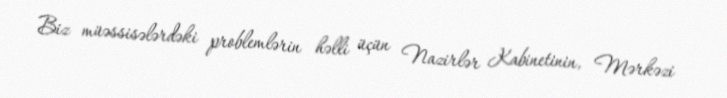
Biz müəssisələrdəki problemlərin həlli üçün Nazirlər Kabinetinin, Mərkəzi